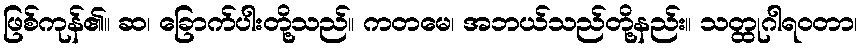
ဖြစ်ကုန်၏။ ဆ၊ ခြောက်ပါးတို့သည်။ ကတမေ၊ အဘယ်သည်တို့နည်း။ သတ္ထုဂါရဝတာ၊